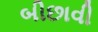
બીછાવી